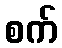
စက်